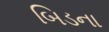
બિડના